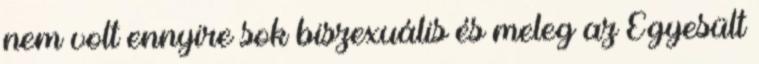
nem volt ennyire sok biszexuális és meleg az Egyesült